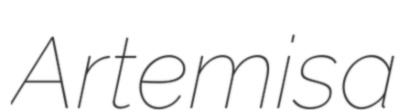
Artemisa